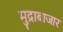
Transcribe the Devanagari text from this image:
मुद्राबाजार